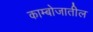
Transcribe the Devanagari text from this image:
काम्बोजातील